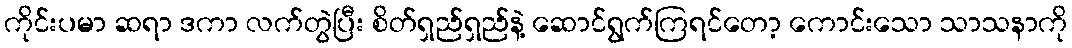
ကိုင်းပမာ ဆရာ ဒကာ လက်တွဲပြီး စိတ်ရှည်ရှည်နဲ့ ဆောင်ရွက်ကြရင်တော့ ကောင်းသော သာသနာကို